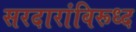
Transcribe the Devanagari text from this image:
सरदारांविरूध्द